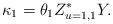
LaTeX: \begin{align*}\kappa _{1}=\theta _{1}Z_{u=1,1}^{\ast }Y.\end{align*}